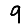
Digit: 9